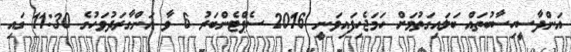
އަންދާސީހިސާބުތައް ބަލައިގަތުމަށް ހަމަޖެހިފައިވަނީ 2016 ސެޕްޓެންބަރު 6 ވާ އަންގާރަދުވަހުގެ 11:30 ގައި